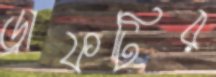
ড্রাফটির